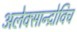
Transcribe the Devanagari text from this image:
अलेक्सान्द्रोविच